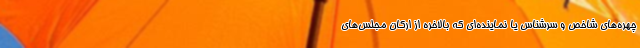
چهره‌های شاخص و سرشناس یا نماینده‌ای که بالاخره از ارکان مجلس‌های